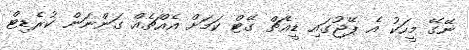
ނޭގޭ މީހަކު އެ ޕޭޖުގައި ޑީއެޗް ގޭޓް ކަމަށް އެއްޗެއް ގަންނަން ކުރެޑިޓް